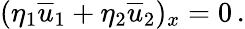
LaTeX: (\eta_{1}{\overline{{u}}}_{1}+\eta_{2}{\overline{{u}}}_{2})_{x}=0\, .